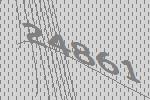
24861